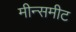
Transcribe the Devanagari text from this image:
मीन्समीट